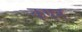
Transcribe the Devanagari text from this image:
कपन